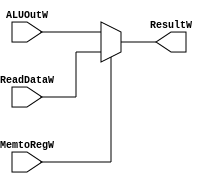
module WriteBack(
	input[31:0] ReadDataW,
	input[31:0] ALUOutW,
	input MemtoRegW,
	output reg[31:0] ResultW
	);
	
	always @ (*)
	begin
		if (MemtoRegW == 1'b1) ResultW = ReadDataW;
		else ResultW = ALUOutW;
	end

endmodule